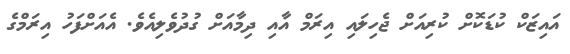
އައިޒަކް ކުޑަކޮށް ކުރިއަށް ޖެހިލައި އިރަމް އާއި ދިމާއަށް ގުދުވެލިއެވެ. އެއަށްފަހު އިރަމްގެ